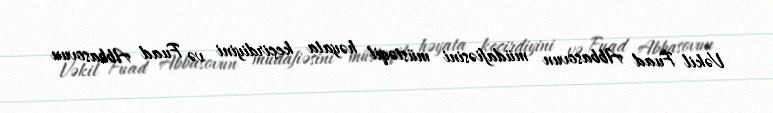
Vəkil Fuad Abbasovun müdafiəsini müstəqil həyata keçirdiyini və Fuad Abbasovun